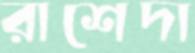
রাশেদা